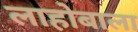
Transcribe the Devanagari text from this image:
लाहोबाला